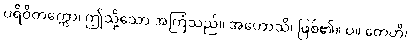
ပရိဝိတက္ကော၊ ဤသို့သော အကြံသည်။ အဟောသိ၊ ဖြစ်၏။ ပ။ တေဟိ၊